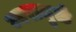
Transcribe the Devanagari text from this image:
ज्वरामुळे